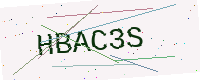
Text: HBAC3S